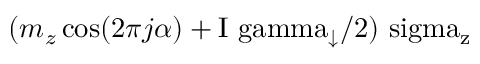
( m _ { z } \cos ( 2 \pi j \alpha ) + \mathrm { I \ g a m m a _ { \downarrow } / 2 ) \ s i g m a _ { z } }